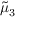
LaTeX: { \tilde { \mu } } _ { 3 }